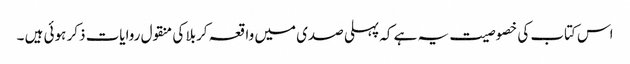
اس کتاب کی خصوصیت یہ ہے کہ پہلی صدی میں واقعہ کربلا کی منقول روایات ذکر ہوئی ہیں ۔